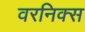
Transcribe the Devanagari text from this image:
वरनिक्स